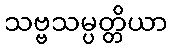
သဗ္ဗသမ္ပတ္တိယာ